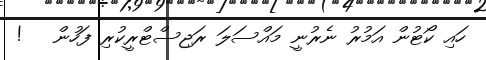
ހައި ކޯޓުން އަމުރު ނެރުނީ މައްސަލަ ރަޖިސްޓްރީކުރި ފަހުން   !